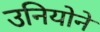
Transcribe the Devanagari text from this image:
उनियोने